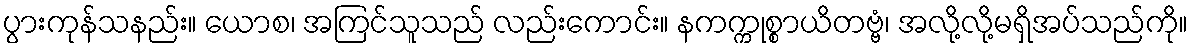
ပွားကုန်သနည်း။ ယောစ၊ အကြင်သူသည် လည်းကောင်း။ နကက္ကုစ္စာယိတဗ္ဗံ၊ အလို့လို့မရှိအပ်သည်ကို။